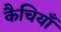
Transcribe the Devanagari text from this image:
कैचियाँ